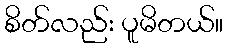
စိတ်လည်း ပူမိတယ်။